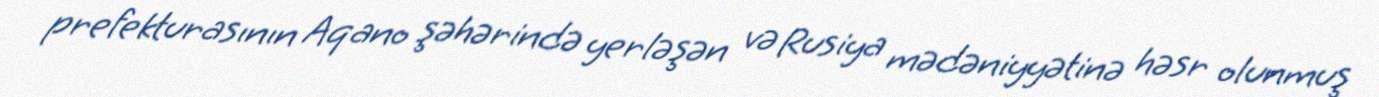
prefekturasının Aqano şəhərində yerləşən və Rusiya mədəniyyətinə həsr olunmuş